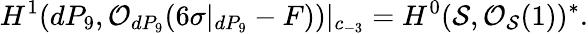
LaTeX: H^{1}(dP_{9},{\cal O}_{dP_{9}}(6\sigma|_{dP_{9}}-F))|_{c_{-3}}=H^{0}({\cal S},{\cal O}_{{\cal S}}(1))^{*}.